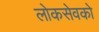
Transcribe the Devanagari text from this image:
लोकसेवको